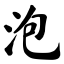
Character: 泡